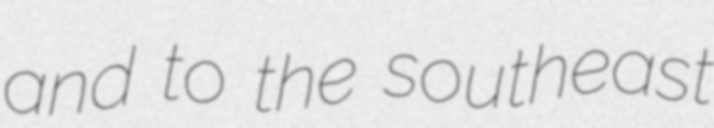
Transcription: and to the southeast